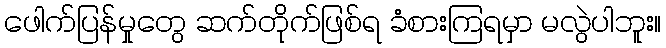
ဖေါက်ပြန်မှုတွေ ဆက်တိုက်ဖြစ်ရ ခံစားကြရမှာ မလွဲပါဘူး။